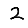
Digit: 2